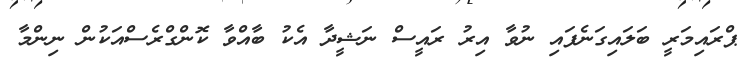
ޕްރައިމަރީ ބަލައިގަނެފައި ނުވާ އިރު ރައީސް ނަޝީދާ އެކު ބާއްވާ ކޮންގްރެސްއަކުން ނިންމާ